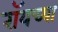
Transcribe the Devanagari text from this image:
रॉयच्या